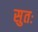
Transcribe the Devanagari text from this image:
सुतः